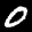
Label: 0